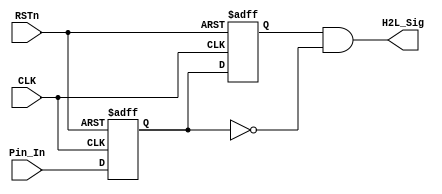
/**********************DAMMSTANGER COPYRIGHT @2016************************/	
//HtL_detect_module
//
//	 dammstanger
//	 20160426
/*************************************************************************/	
module HtL_detect_module (CLK, RSTn, Pin_In, H2L_Sig);
	input CLK;
	input RSTn;
	input Pin_In;
	output H2L_Sig;
	/********************************************/
	 
reg H2L_F1;
reg H2L_F2;
 
always @ ( posedge CLK or negedge RSTn )
		if( !RSTn )
		begin
			H2L_F1 <= 1'b1;
			H2L_F2 <= 1'b1;
		end
	else
		begin
			 H2L_F1 <= Pin_In; 
			 H2L_F2 <= H2L_F1;
		end
		
/***********************************/
 assign H2L_Sig = H2L_F2 & !H2L_F1;

endmodule

/**********************END OF FILE COPYRIGHT @2016************************/